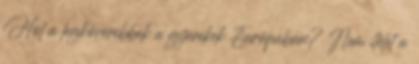
Hol a legkövérebbek a gyerekek Európában? Nem ítélet a